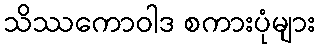
သိဿကောဝါဒ စကားပုံများ